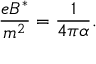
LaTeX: \frac { e B ^ { * } } { m ^ { 2 } } = \frac { 1 } { 4 \pi \alpha } .